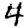
Digit: 4